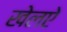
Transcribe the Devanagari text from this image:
खेलऐ